Leaving Certificate Examination, 1908
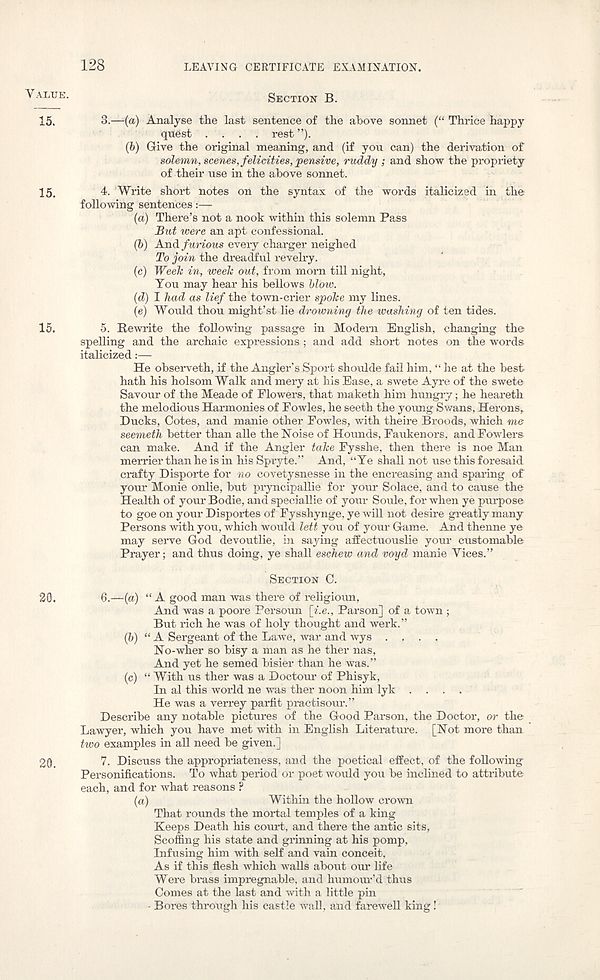
128
LEAVING CERTIFICATE EXAMINATION.
Value -
SECTION B.
15.
3.—-(a) Analyse the last sentence of the above sonnet (“ Thrice happy
quest .... rest ”).
(b)
Give the original meaning, an
solemn, scenes, felicities, pensive, ruddy ; and show the propriety
of their use in the above sonnet.
15.
4. Write short notes on the syntax of the words italicized in the
following sentences:—
(a) There’s not a nook within this solemn Pass
Bid were an apt confessional.
(b) And furious every charger neighed
To join the dreadful revelry.
(c) Week in, week out, from morn till night,
You may hear his bellows blow.
(d) I had as lief the town-crier spoke my lines.
(e) Would thou might’st lie drowning the washing of ten tides.
15.
5. Rewrite the following passage in Modem English, changing the
spelling and the archaic expressions ; and add short notes on the words
italicized:—
He observeth, if the Angler’s Sport shoulde fail him, “ he at the best
hath his holsom Walk and mery at his Ease, a swete Ayre of the swete
Savour of the Meade of Flowers, that maketh him hungry; he heareth
the melodious Harmonies of Fowles, he seeth the young Sv/ans, Herons,
Ducks, Cotes, and manie other Fowles, with theire Broods, which me
seemeth better than alle the Noise of Hounds, Faukenors, and Fowlers
can make. And if the Angler take Fysshe, then there is noe Man
merrier than he is in his Spryte.” And, “Ye shall not use this foresaid
crafty Disporte for no covetysnesse in the encreasing and sparing of
your Monie onlie, but pryncipallie for your Solace, and to cause the
Health of your Bodie, and speciallie of your Soule, for when ye purpose
to goe on your Disportes of Fysshynge, ye will not desire greatly many
Persons with you, which would left you of your Game. And thenne ye
may serve God devoutlie, in saying affectuouslie your customable
Prayer; and thus doing, ye shall eschew and voyd manie Tices.”
SECTION C.
20.
6.—(a) “ A good man was there of religioun,
And was a poore Persoun [i.e., Parson] of a town;
But rich he was of holy thought and werk.”
(b) “ A Sergeant of the Lawe, war and wys ....
No-wher so bisy a man as he ther nas,
And yet he semed bisier than he was.”
(c) “ With us ther was a Doctour of Phisyk,
In al this world ne was ther noon him lyk ....
He was a verrey parfit practisour.”
Describe any notable pictures of the Good Parson, the Doctor, or the
Lawyer, which you have met with in English Literature. [Not more than
two examples in all need be given.]
20.
7. Discuss the appropriateness, and the poetical effect, of the following
Personifications. To what period or poet would you be inclined to attribute
each, and for what reasons ?
(a)
Within the hollow crown
That rounds the mortal temples of a king
Keeps Death his court, and there the antic sits,
Scoffing his state and grinning at his pomp,
Infusing him with self and vain conceit.
As if this flesh which walls about our life
Were brass impregnable, and humour’d thus
Comes at the last and with a little pin
• Bores through his castle wall, and farewell king!